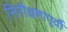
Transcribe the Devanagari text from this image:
निरीक्षणापूर्वी